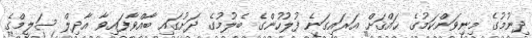
ދިނުމުގެ މިނިވަންކަމުގެ ޙައްޤަށް އަރައިގަނެ ފުލުހުންގެ ބެލުމުގެ ދަށުގައި ބާއްވާފައިވާ އާދިލް ސަލީމްގެ